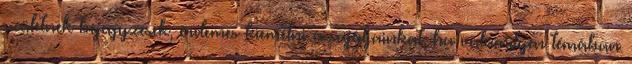
születnek bejegyzések, érdemes kiemelni a sajátjainkat, ha valamilyen témában